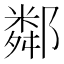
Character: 鄰